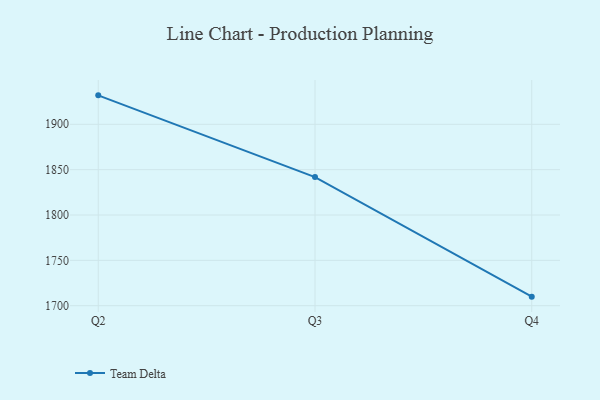
{"axis": {"x": "Quarter", "y": "Headcount"}, "legend": ["Team Delta"], "data": [{"x": "Q2", "y": 1931.9, "type": "Team Delta"}, {"x": "Q3", "y": 1841.8, "type": "Team Delta"}, {"x": "Q4", "y": 1710.0, "type": "Team Delta"}]}